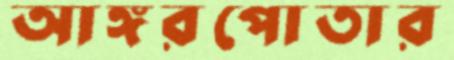
আঙ্গরপোতার